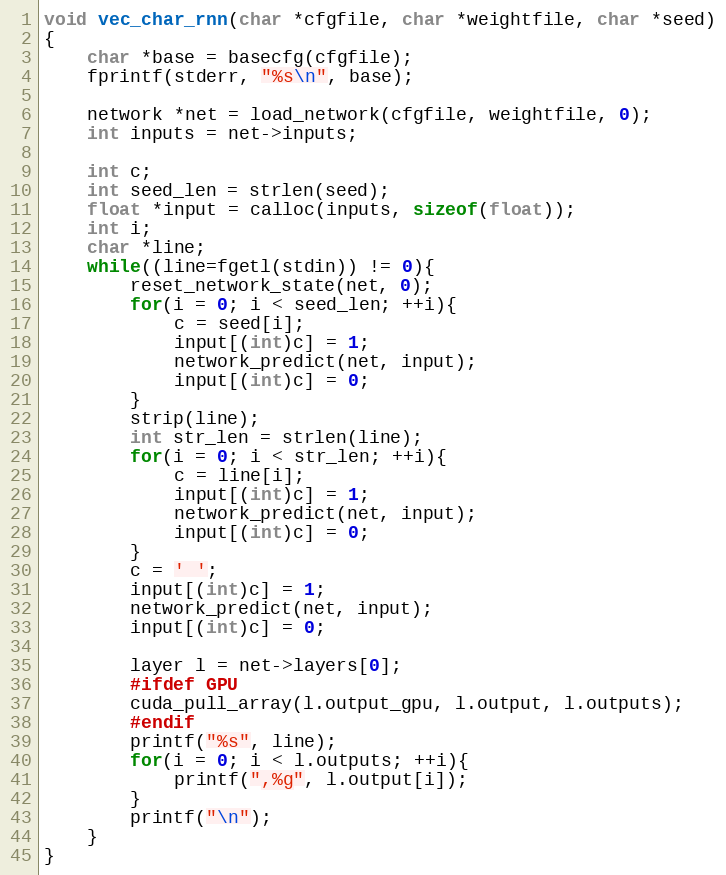
Language: C
void vec_char_rnn(char *cfgfile, char *weightfile, char *seed)
{
    char *base = basecfg(cfgfile);
    fprintf(stderr, "%s\n", base);

    network *net = load_network(cfgfile, weightfile, 0);
    int inputs = net->inputs;

    int c;
    int seed_len = strlen(seed);
    float *input = calloc(inputs, sizeof(float));
    int i;
    char *line;
    while((line=fgetl(stdin)) != 0){
        reset_network_state(net, 0);
        for(i = 0; i < seed_len; ++i){
            c = seed[i];
            input[(int)c] = 1;
            network_predict(net, input);
            input[(int)c] = 0;
        }
        strip(line);
        int str_len = strlen(line);
        for(i = 0; i < str_len; ++i){
            c = line[i];
            input[(int)c] = 1;
            network_predict(net, input);
            input[(int)c] = 0;
        }
        c = ' ';
        input[(int)c] = 1;
        network_predict(net, input);
        input[(int)c] = 0;

        layer l = net->layers[0];
        #ifdef GPU
        cuda_pull_array(l.output_gpu, l.output, l.outputs);
        #endif
        printf("%s", line);
        for(i = 0; i < l.outputs; ++i){
            printf(",%g", l.output[i]);
        }
        printf("\n");
    }
}